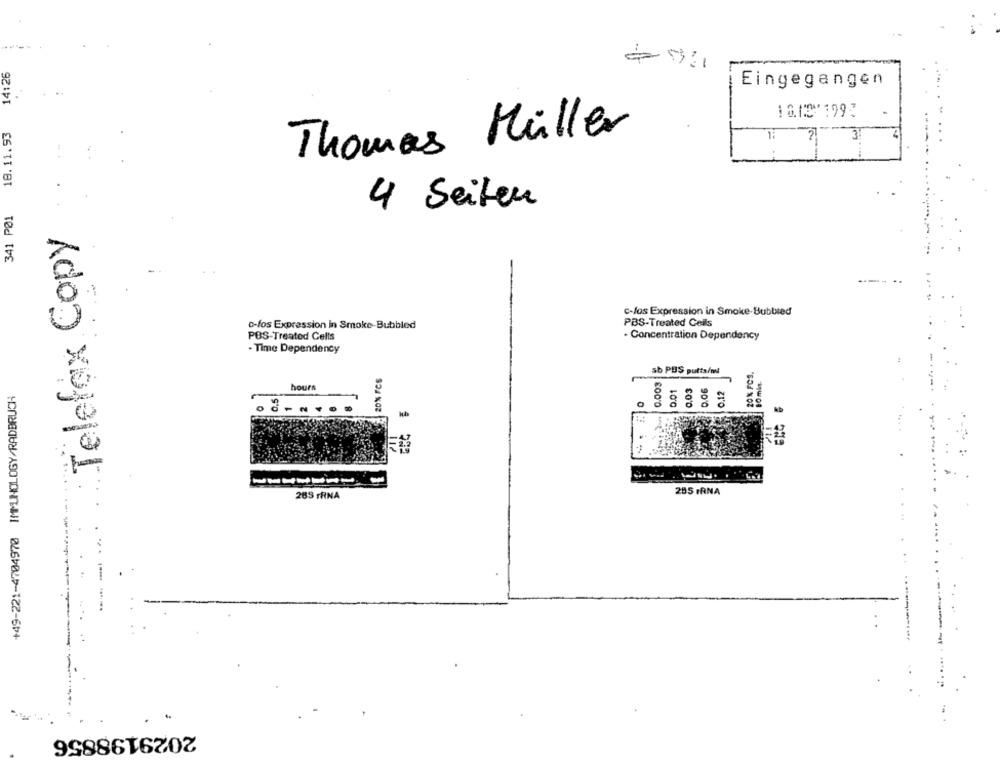
14:26
Eingegangen
10.15"1993
18.11.53
Thomas Müller
37
4 Seiten
341 PØ1
Telefax Copy
c-los Expression in Smoke Bubbled
PBS-Treated Cells
c-los Expression In Smoke-Bubbled
POS-Treated Cells
- Concentration Dependency
- Time Dependency
20% FCS.
20% FCS
sb PUS putts/ml
0.003
80 mls-
0.03
0.06
0.12
+49-221-4704970 IMMUNOLOGY/RADBRUCH
hours
0.01
0,5
0
-
265 FRNA
255 IANA
-----
-
.
2029198856